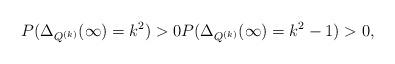
LaTeX: \begin{align*}P(\Delta_{Q^{(k)}} (\infty)=k^2)>0 P(\Delta_{Q^{(k)}} (\infty)=k^2-1)>0, \end{align*}